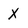
Character: X